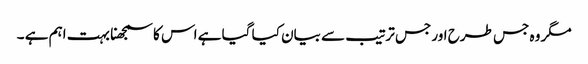
مگر وہ جس طرح اور جس ترتیب سے بیان کیا گیا ہے اس کا سمجھنا بہت اہم ہے ۔